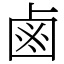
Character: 鹵